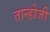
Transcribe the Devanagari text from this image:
तान्होजी